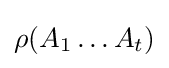
\rho (A_{1}\dots A_{t})